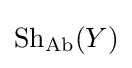
{\text{Sh}}_{\text{Ab}}(Y)